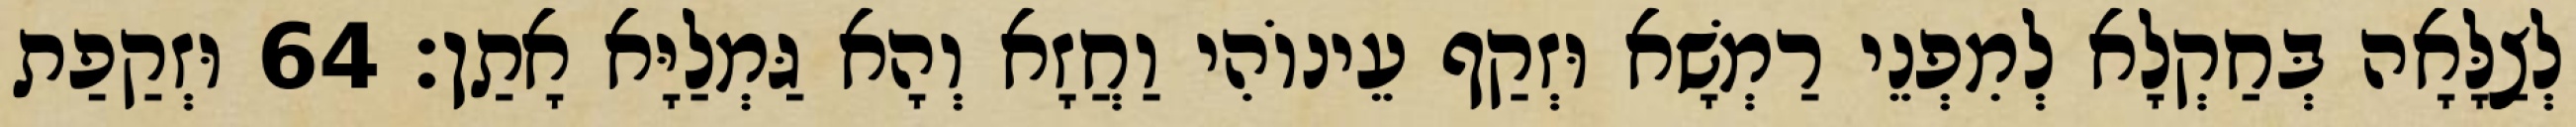
לְצַלָּאָה בְּחַקְלָא לְמִפְנֵי רַמְשָׁא וּזְקַף עֵינוֹהִי וַחֲזָא וְהָא גַּמְלַיָּא אָתַן׃ 64 וּזְקַפַת